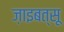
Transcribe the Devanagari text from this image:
ज़ाइबत्सू